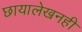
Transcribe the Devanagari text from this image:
छायालेखनही